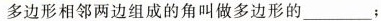
多边形相邻两边组成的角叫做多边形的____；